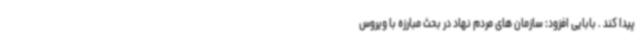
پیدا کند . بابایی افزود: سازمان های مردم نهاد در بحث مبارزه با ویروس